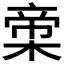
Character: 𬃨